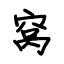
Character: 窝